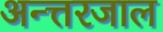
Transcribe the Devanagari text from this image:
अन्त्तरजाल